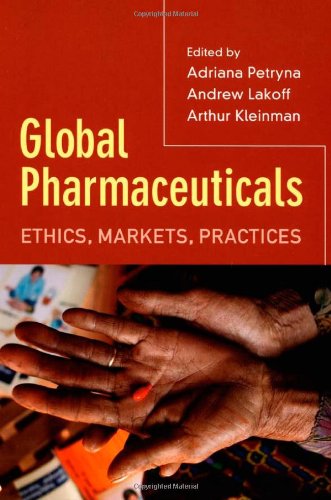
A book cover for Global Pharmaceuticals: Ethics, Markets, Practices; Politics & Social Sciences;